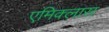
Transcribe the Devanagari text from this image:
एमिक्लास